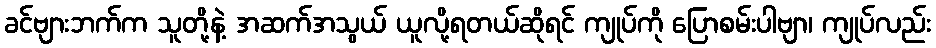
ခင်ဗျားဘက်က သူတို့နဲ့ အဆက်အသွယ် ယူလို့ရတယ်ဆိုရင် ကျုပ်ကို ပြောစမ်းပါဗျာ၊ ကျုပ်လည်း